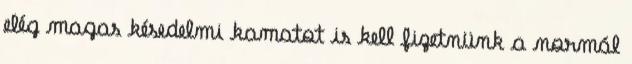
elég magas késedelmi kamatot is kell fizetnünk a normál